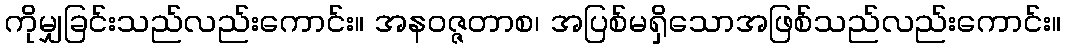
ကိုမျှခြင်းသည်လည်းကောင်း။ အနဝဇ္ဇတာစ၊ အပြစ်မရှိသောအဖြစ်သည်လည်းကောင်း။